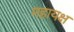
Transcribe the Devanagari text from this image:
महायक्ष